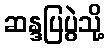
ဆန္ဒပြပွဲသို့